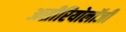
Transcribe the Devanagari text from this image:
असीरियोलॉजी